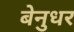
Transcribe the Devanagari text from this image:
बेनुधर